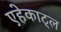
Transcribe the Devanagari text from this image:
एहेकाट्ल